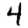
Digit: 4